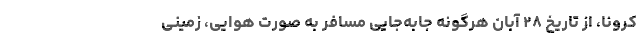
کرونا، از تاریخ ۲۸ آبان هرگونه جابه‌جایی مسافر به صورت هوایی، زمینی